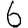
Digit: 6